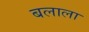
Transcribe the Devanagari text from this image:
बलाला